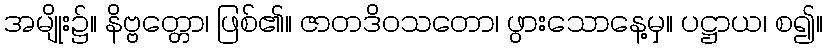
အမျိုး၌။ နိဗ္ဗတ္တော၊ ဖြစ်၏။ ဇာတဒိဝသတော၊ ဖွားသောနေ့မှ။ ပဋ္ဌာယ၊ စ၍။